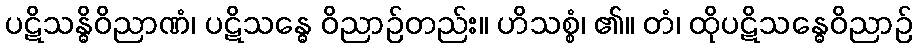
ပဋိသန္ဓိဝိညာဏံ၊ ပဋိသန္ဓေ ဝိညာဉ်တည်း။ ဟိသစ္စံ၊ ၏။ တံ၊ ထိုပဋိသန္ဓေဝိညာဉ်